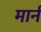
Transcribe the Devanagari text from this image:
मार्नं